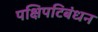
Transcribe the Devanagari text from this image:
पक्षिपटिबंधन